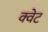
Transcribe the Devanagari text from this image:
क्वेट